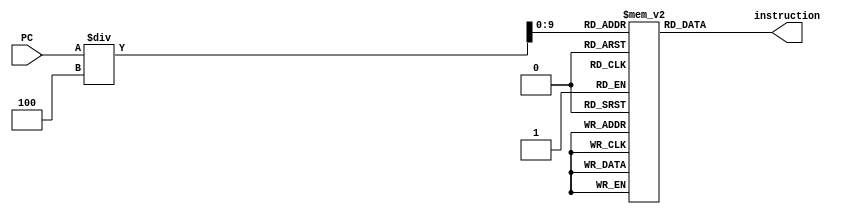
module instructionMemory_m(
	output reg [31:0] instruction, 
	input[31:0] PC);

	reg[31:0] instruction_memory[1023:0];//creates an array that holds 1024 32-bit registers and initializes them to 0
	integer i;
	
	initial begin
		for (i = 0; i < 1024; i = i + 1) begin 
			instruction_memory[i] <= 32'b0; 
		end
	end

	initial begin
		//All together now
		/**
		instruction_memory[0] <= 'b1001000100_000000000100_11111_00000; //ADDI XO, XZR, #4
		instruction_memory[1] <= 'b1001000100_010100000000_11111_00001; //ADDI XZR, X1, #1280
		instruction_memory[2] <= 'b11111000010_00000000000_00001_00010; //LDUR X2, [X2, #0]
		instruction_memory[3] <= 'b11111000010_00001000000_00001_00011; //LDUR X3, [X1, #16]
		instruction_memory[4] <= 'b1000101100_000011000000_00010_00100; //ADD X4, X2, X3
		instruction_memory[5] <= 'b11111000000_00000000000_00001_00100; //STR Z4, [X1, #0]
		instruction_memory[6] <= 'b1001000100_000000001000_00001_00001; //ADDI X1, X1, #8
		instruction_memory[7] <= 'b1101000100_000000000001_00000_00000; //SUBI X0, X0, #1
		instruction_memory[8] <= 'b10110101_1111111111111111010_00000; //CBNZ X0, #-6
		instruction_memory[9] <= 'b11001011000_00101_000000_00101_00101; //SUBI X5, X5, X5
		**/
		
		//Test cases from the Verilog Processor assignment
		//instruction = 11111000010_000000000_00_10100_00001
		instruction_memory[0] <= 'hF8400281; //LDR X1, [X20, #0]
		//instruction = 10001011000_00001_000000_00001_00010 
		instruction_memory[1] <= 'h8B010022; // ADD X2, X1, X1
		//instruction = 1101000100_000000000000_11001_10011
		instruction_memory[2] <= 'hD1000333; // SUBI X19, X25, #0
		//instruction = 10110100_0000000000000000111_00011
		instruction_memory[3] <= 'hB40000E3; // CBZ X3, #7
		//instruction = 1001000100_000000001000_10100_10100
		instruction_memory[10] <= 'h91002294; // ADDI X20, X20, #8
		//instruction = 11111000000_111110100_00_10100_00001
		instruction_memory[11] <= 'hF81F4281; // STR X1, [X20, #-12]
		//instruction = 10111111111111111111111111010
		instruction_memory[12] <= 'h17FFFFFA; // B #-6

		//Test cases from assignment 5
		/**
		instruction_memory[0] <= 'b000101_00000000000000000000000011; //B #3
		instruction_memory[3] <= 'b100101_11111111111111111111111110; // BL #-2
		instruction_memory[1] <= 'b10110100_0000000000000001000_00101; //CBZ X5, #8
		instruction_memory[9] <= 'b10110101_1101001011000110110_00011; //CBNZ X3, #-92618
		instruction_memory[10] <= 'b10001010000_00100_000000_00010_00001; //AND X1, X2, X4 
		instruction_memory[11] <= 'b11111000000_110111000_00_00010_00100; //STR X4, [X2, #-72]
		instruction_memory[12] <= 'b11111000010_001100010_00_00011_00000; //LDR X0, [X3, #98]
		instruction_memory[13] <= 'b1001000100_111110000000_11111_00000; //ADDI X0, XZR, #-128
		instruction_memory[14] <= 'b111100101_0000000000000_00111_00010; //MOVE X2, X7
		**/
		
		// Test cases for testing register and data memory
		/**
		//instruction = 1001000100_000000001000_00001_00001;
		instruction_memory[0] <= 'h91002021; //ADDI X1, X1, #8
		//instruction = 11111000000_000000011_00_00010_00001; 
		instruction_memory[1] <= 'hF8003041; //STR X1, [X2, #3];
		//instruction = 11111000010_000000011_00_00010_00011;
		instruction_memory[2] <= 'hF8403043; //LDR X3, [X2, #3];
		//instruction = 1101000100_000000000111_00011_00011;
		instruction_memory[3] <= 'hD1001C63; //SUBI X3, X3, #7;
		**/

		// Test cases for XZR and overflow
		/**
		instruction_memory[0] <= 32'b1001000100_000000001010_11111_11111; //ADDI XZR, XZR, #10
		instruction_memory[1] <= 32'b1001000100_000000000001_11111_00001 ;//ADDI X1, XZR, #1
		instruction_memory[2] <= 32'b10001011000_00010_000000_00011_00100 ; //ADD X4, X3, X2;
		**/
	end

	always@(PC) begin
		instruction <= instruction_memory[PC/4];
	end
endmodule